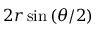
2 r \sin \left( \theta / 2 \right)